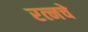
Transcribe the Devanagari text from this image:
रत्‍नचे